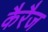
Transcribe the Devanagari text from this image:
कैरैज